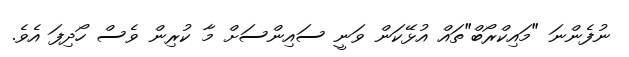
ނުފެންނަ "މައިކްރޯބް"ތައް އުޅޭކަން ވަނީ ސައިންސަށް މާ ކުރިން ވެސް ހޯދިފަ އެވެ.